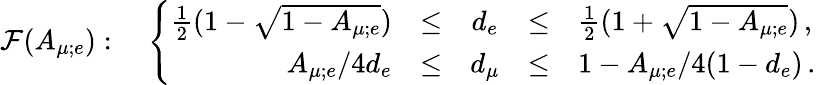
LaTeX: \mathcal{F}(A_{\mu;e}):\quad\left\{ \begin{array}{rcccl}{{\frac{1}{2}(1-\sqrt{1-A_{\mu;e}})}}&{{\leq}}&{{d_{e}}}&{{\leq}}&{{\frac{1}{2}(1+\sqrt{1-A_{\mu;e}})\, ,}}\\ {{A_{\mu;e}/4d_{e}}}&{{\leq}}&{{d_{\mu}}}&{{\leq}}&{{1-A_{\mu;e}/4(1-d_{e})\, .}}\end{array}\right.